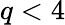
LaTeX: q<4